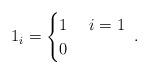
LaTeX: \begin{align*}1_i=\begin{cases}1 &\ i=1\\0 &\end{cases}\;.\end{align*}